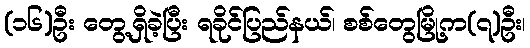
(၁၆)ဦး တွေ့ရှိခဲ့ပြီး ရခိုင်ပြည်နယ်၊ စစ်တွေမြို့က(၇)ဦး၊